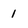
Character: 1